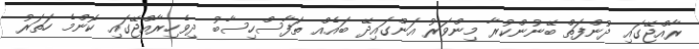
ރާއްޖޭގައި ދުންފަތް ބޭނުންކުރާ މިންވަރު އަންގައިދޭ ބަައެއް ތަފާސްހިސާބު ދިވެހިރާއްޖޭގައި ކޮންމެ ހަތަރު